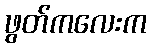
ဖွတ်ကလေးက